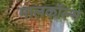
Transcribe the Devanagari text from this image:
मालकॉल्म